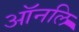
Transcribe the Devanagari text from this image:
ऑनलि